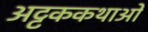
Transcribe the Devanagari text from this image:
अट्टककथाओं